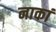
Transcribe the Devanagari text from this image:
नाकां